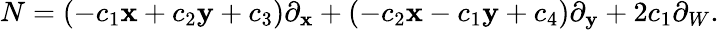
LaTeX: N=(-c_{1}\mathbf{x}+c_{2}\mathbf{y}+c_{3})\partial_{\mathbf{x}}+(-c_{2}\mathbf{x}-c_{1}\mathbf{y}+c_{4})\partial_{\mathbf{y}}+2c_{1}\partial_{W}.